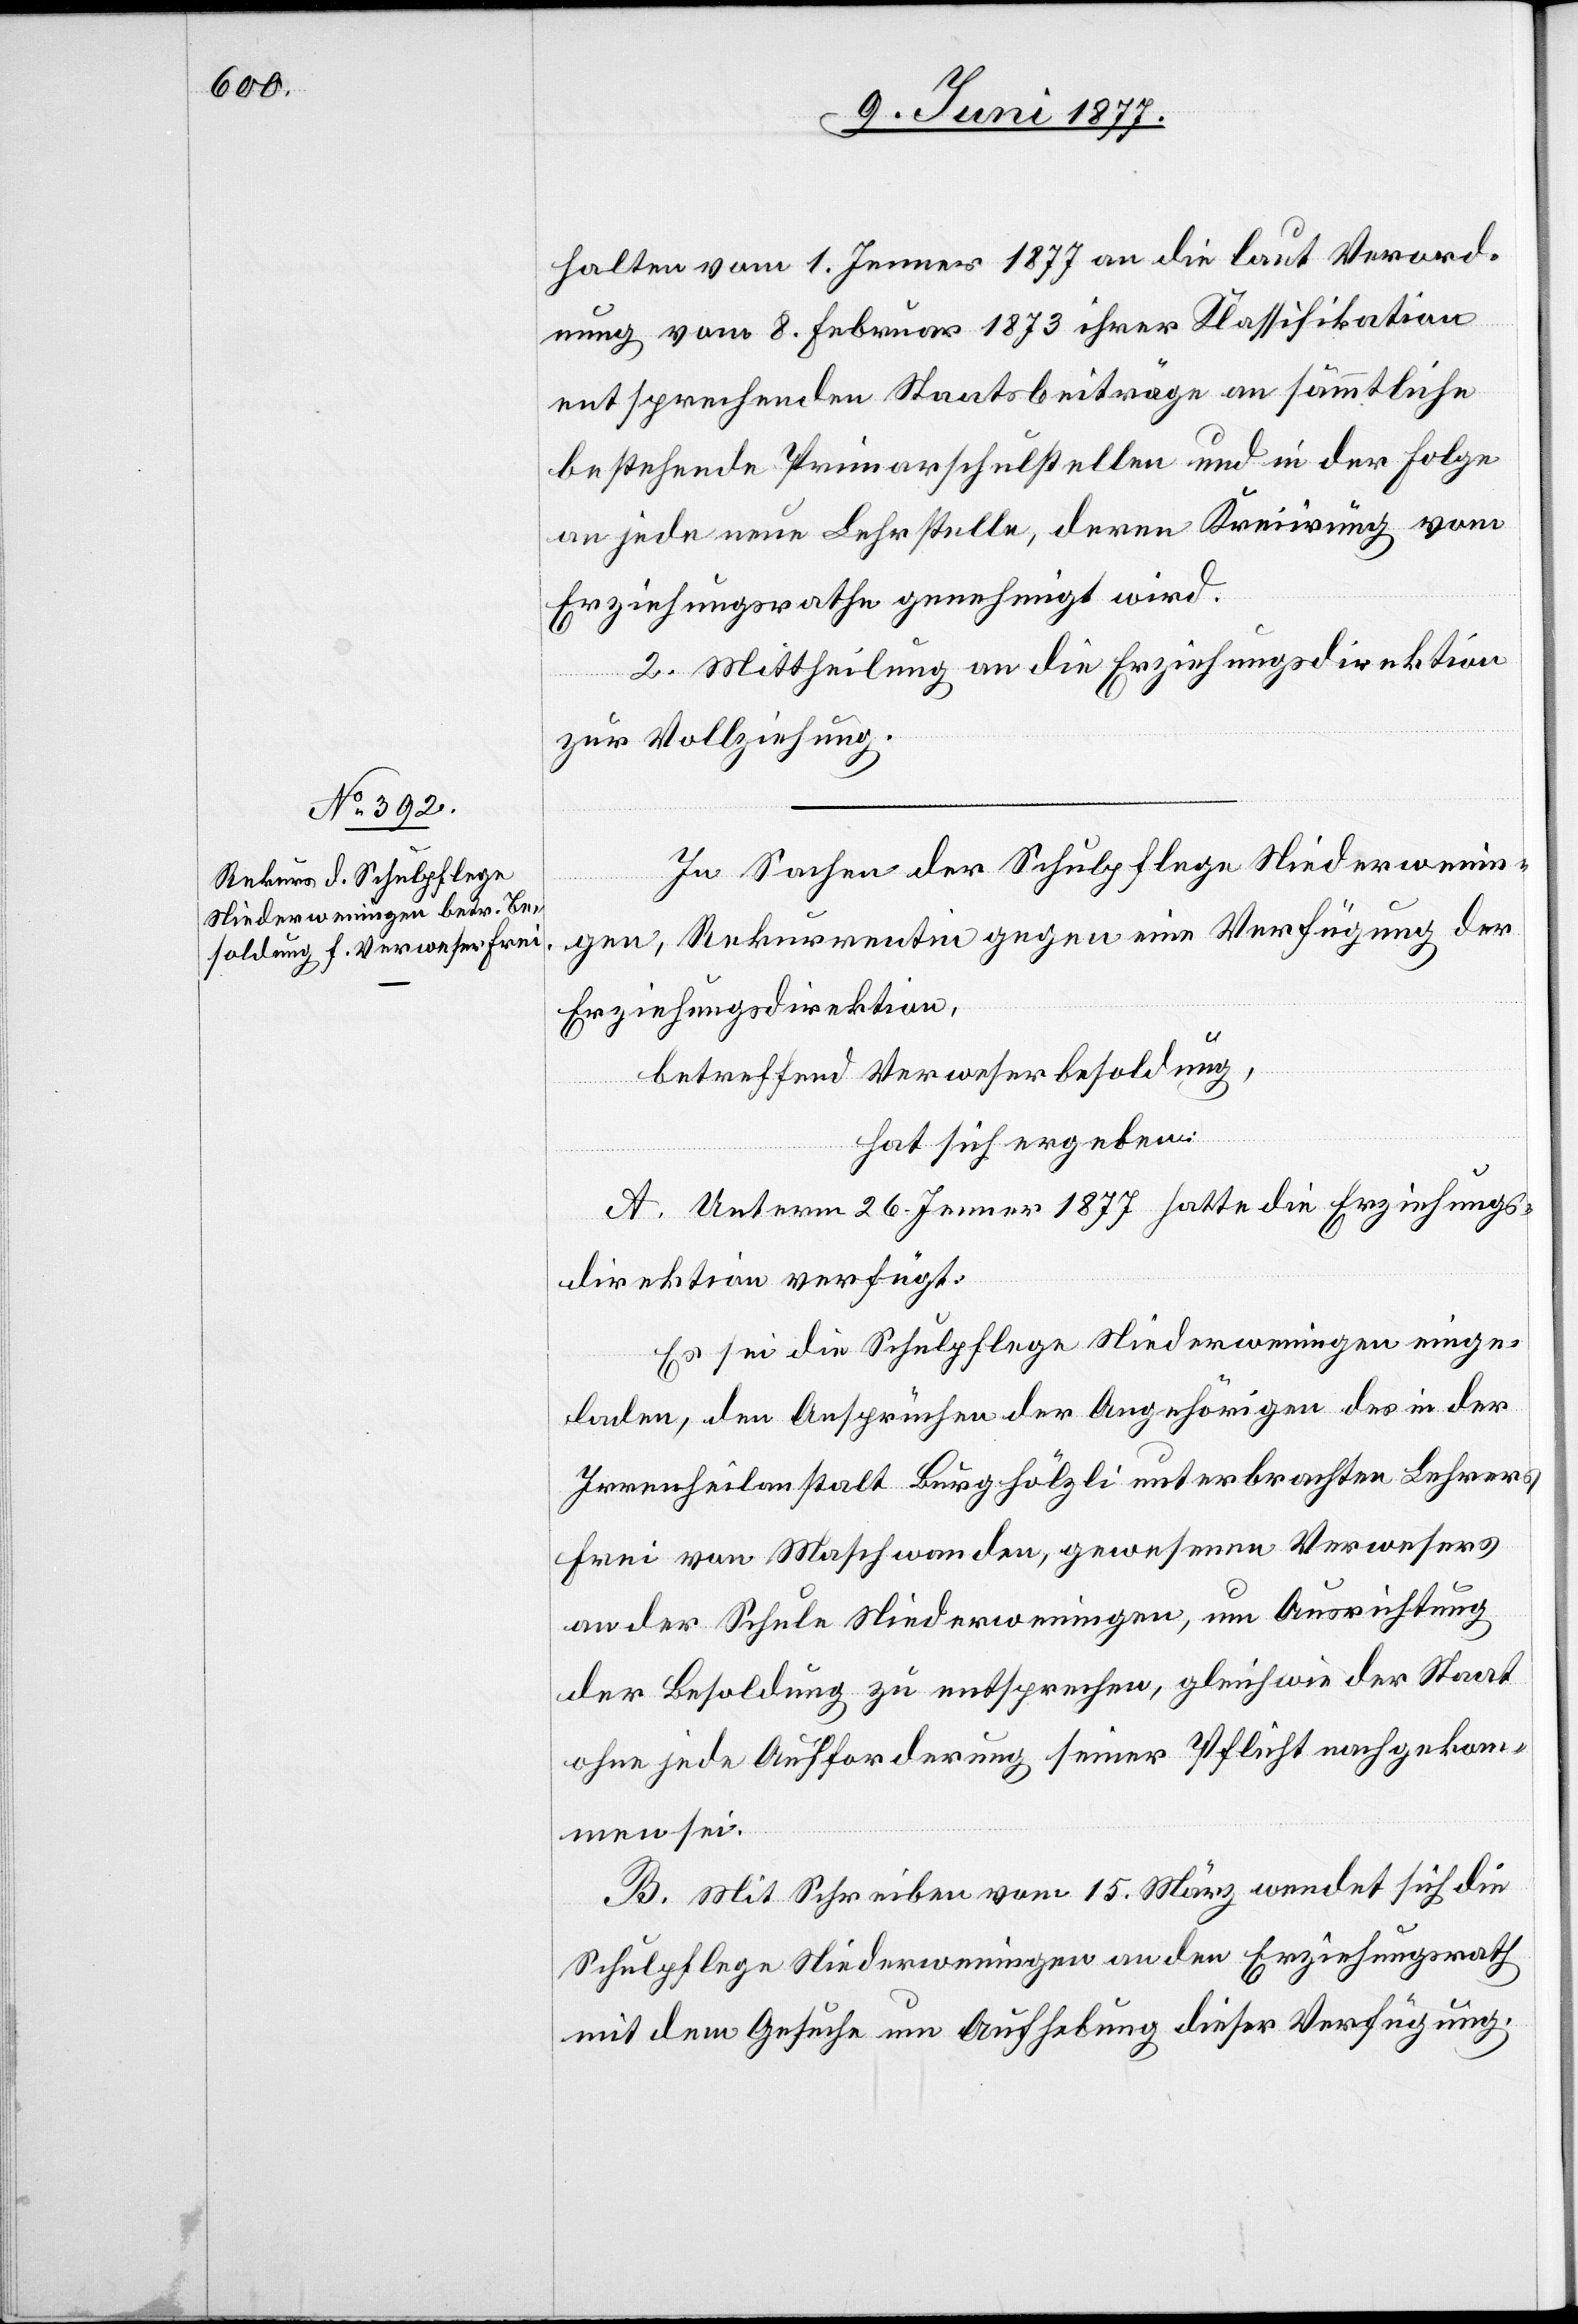
halten vom 1. Jenner 1877 an die laut Verord¬
nung vom 8. Februar 1873 ihrer Klassifikation
entsprechenden Staatsbeiträge an sämmtliche
bestehende Primarschulstellen und in der Folge
an jede neue Lehrstelle, deren Kreiirung vom
Erziehungsrathe genehmigt wird.
2. Mittheilung an die Erziehungsdirektion
zur Vollziehung.
In Sachen der Schulpflege Niederwenin¬
gen, Rekurrentin gegen eine Verfügung der
Erziehungsdirektion,
betreffend Verweserbesoldung,
hat sich ergeben:
A. Unterm 26. Jenner 1877 hatte die Erziehungs¬
direktion verfügt:
Es sei die Schulpflege Niederweningen einge¬
laden, den Ansprüchen der Angehörigen des in der
Irrenheilanstalt Burghölzli unter[ge]brachten Lehrers
Frei von Maschwanden, gewesenen Verwesers
an der Schule Niederweningen, um Ausrichtung
der Besoldung zu entsprechen, gleichwie der Staat
ohne jede Aufforderung seiner Pflicht nachgekom¬
men sei.
B. Mit Schreiben vom 15. März wendet sich die
Schulpflege Niederweningen an den Erziehungsrath
mit dem Gesuche um Aufhebung dieser Verfügung.